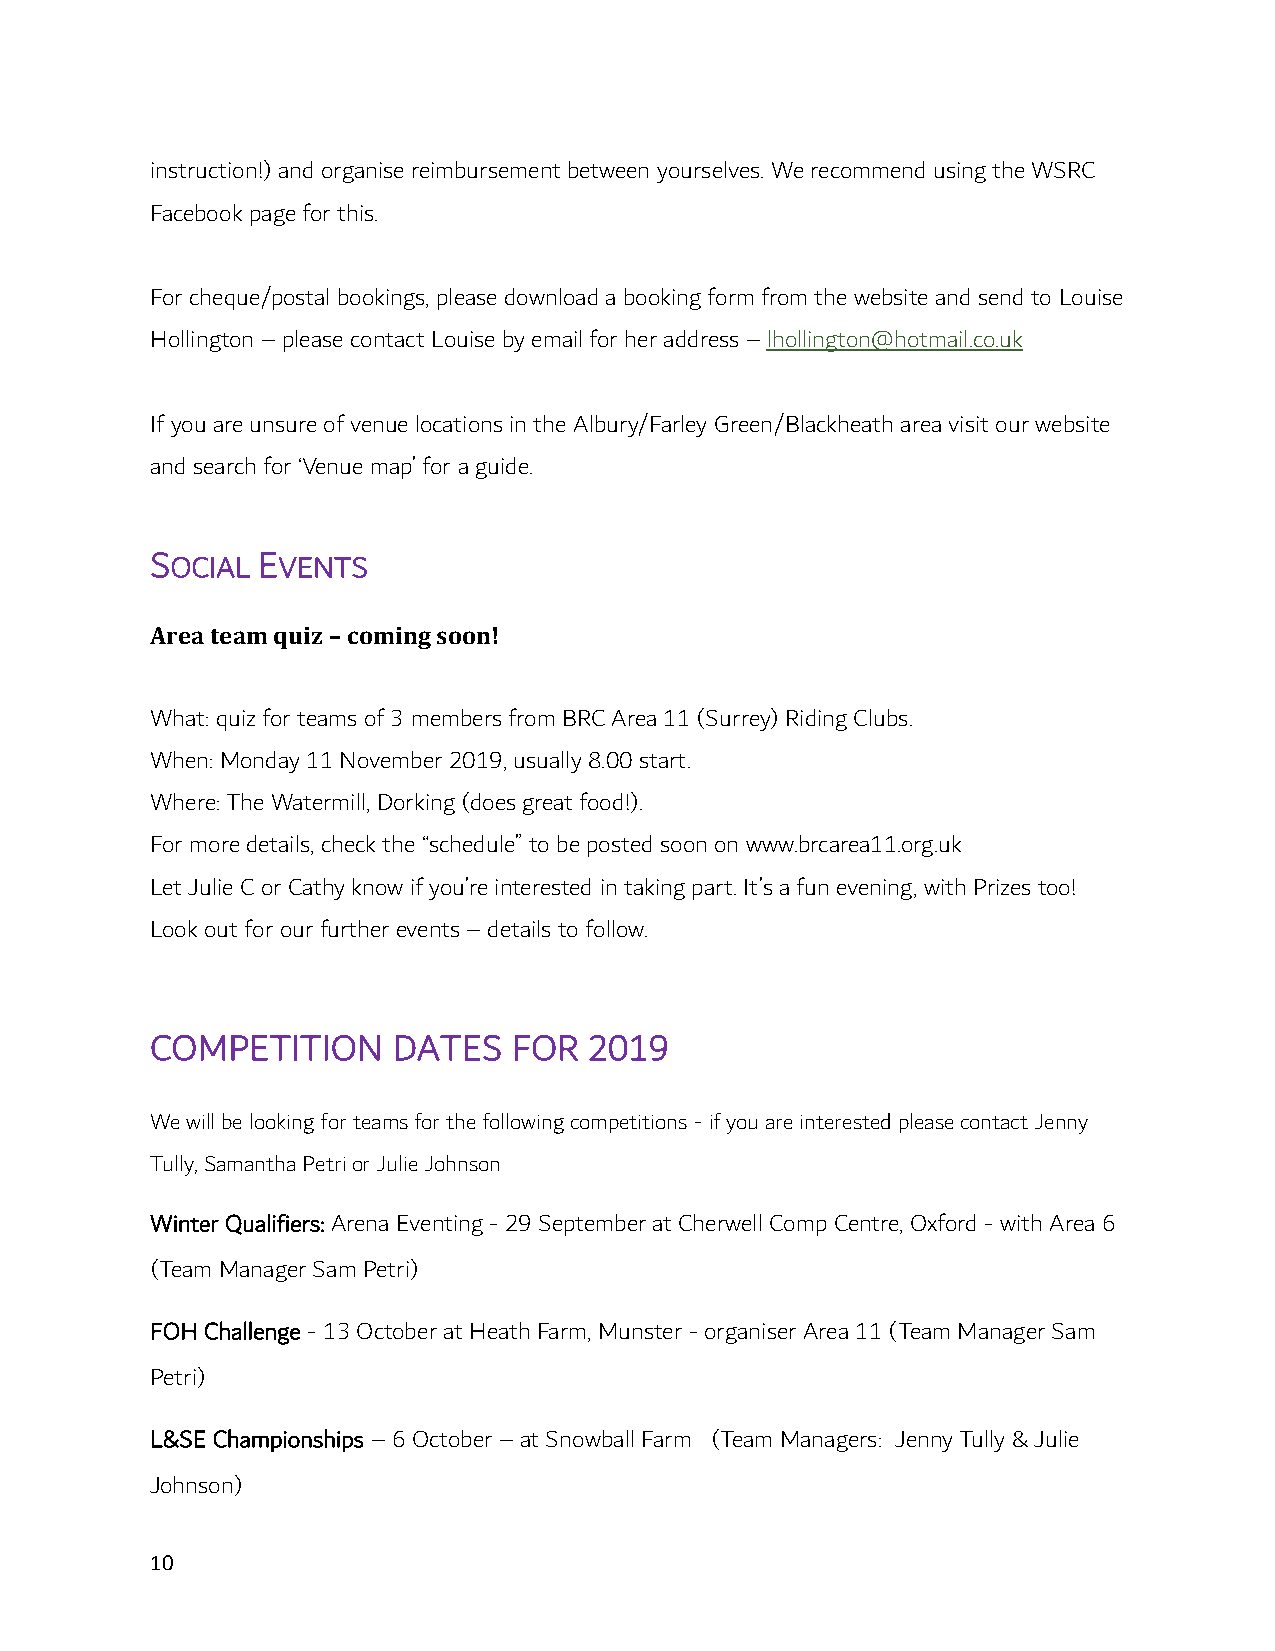
instruction!) and organise reimbursement between yourselves. We recommend using the WSRC
 Facebook page for this.
 For cheque/postal bookings, please download a booking form from the website and send to Louise
 Hollington – please contact Louise by email for her address – lhollington@hotmail.co.uk
 If you are unsure of venue locations in the Albury/Farley Green/Blackheath area visit our website
 and search for ‘Venue map’ for a guide.
 SOCIAL EVENTS
 Area team quiz – coming soon!
 What: quiz for teams of 3 members from BRC Area 11 (Surrey) Riding Clubs.
 When: Monday 11 November 2019, usually 8.00 start.
 Where: The Watermill, Dorking (does great food!).
 For more details, check the “schedule” to be posted soon on www.brcarea11.org.uk
 Let Julie C or Cathy know if you’re interested in taking part. It’s a fun evening, with Prizes too!
 Look out for our further events – details to follow.
 COMPETITION     DATES   FOR  2019
 We will be looking for teams for the following competitions - if you are interested please contact Jenny
 Tully, Samantha Petri or Julie Johnson
 Winter Qualifiers: Arena Eventing - 29 September at Cherwell Comp Centre, Oxford - with Area 6
 (Team Manager Sam Petri)
 FOH Challenge - 13 October at Heath Farm, Munster - organiser Area 11 (Team Manager Sam
 Petri)
 L&SE Championships – 6 October – at Snowball Farm (Team Managers: Jenny Tully & Julie
 Johnson)
 10